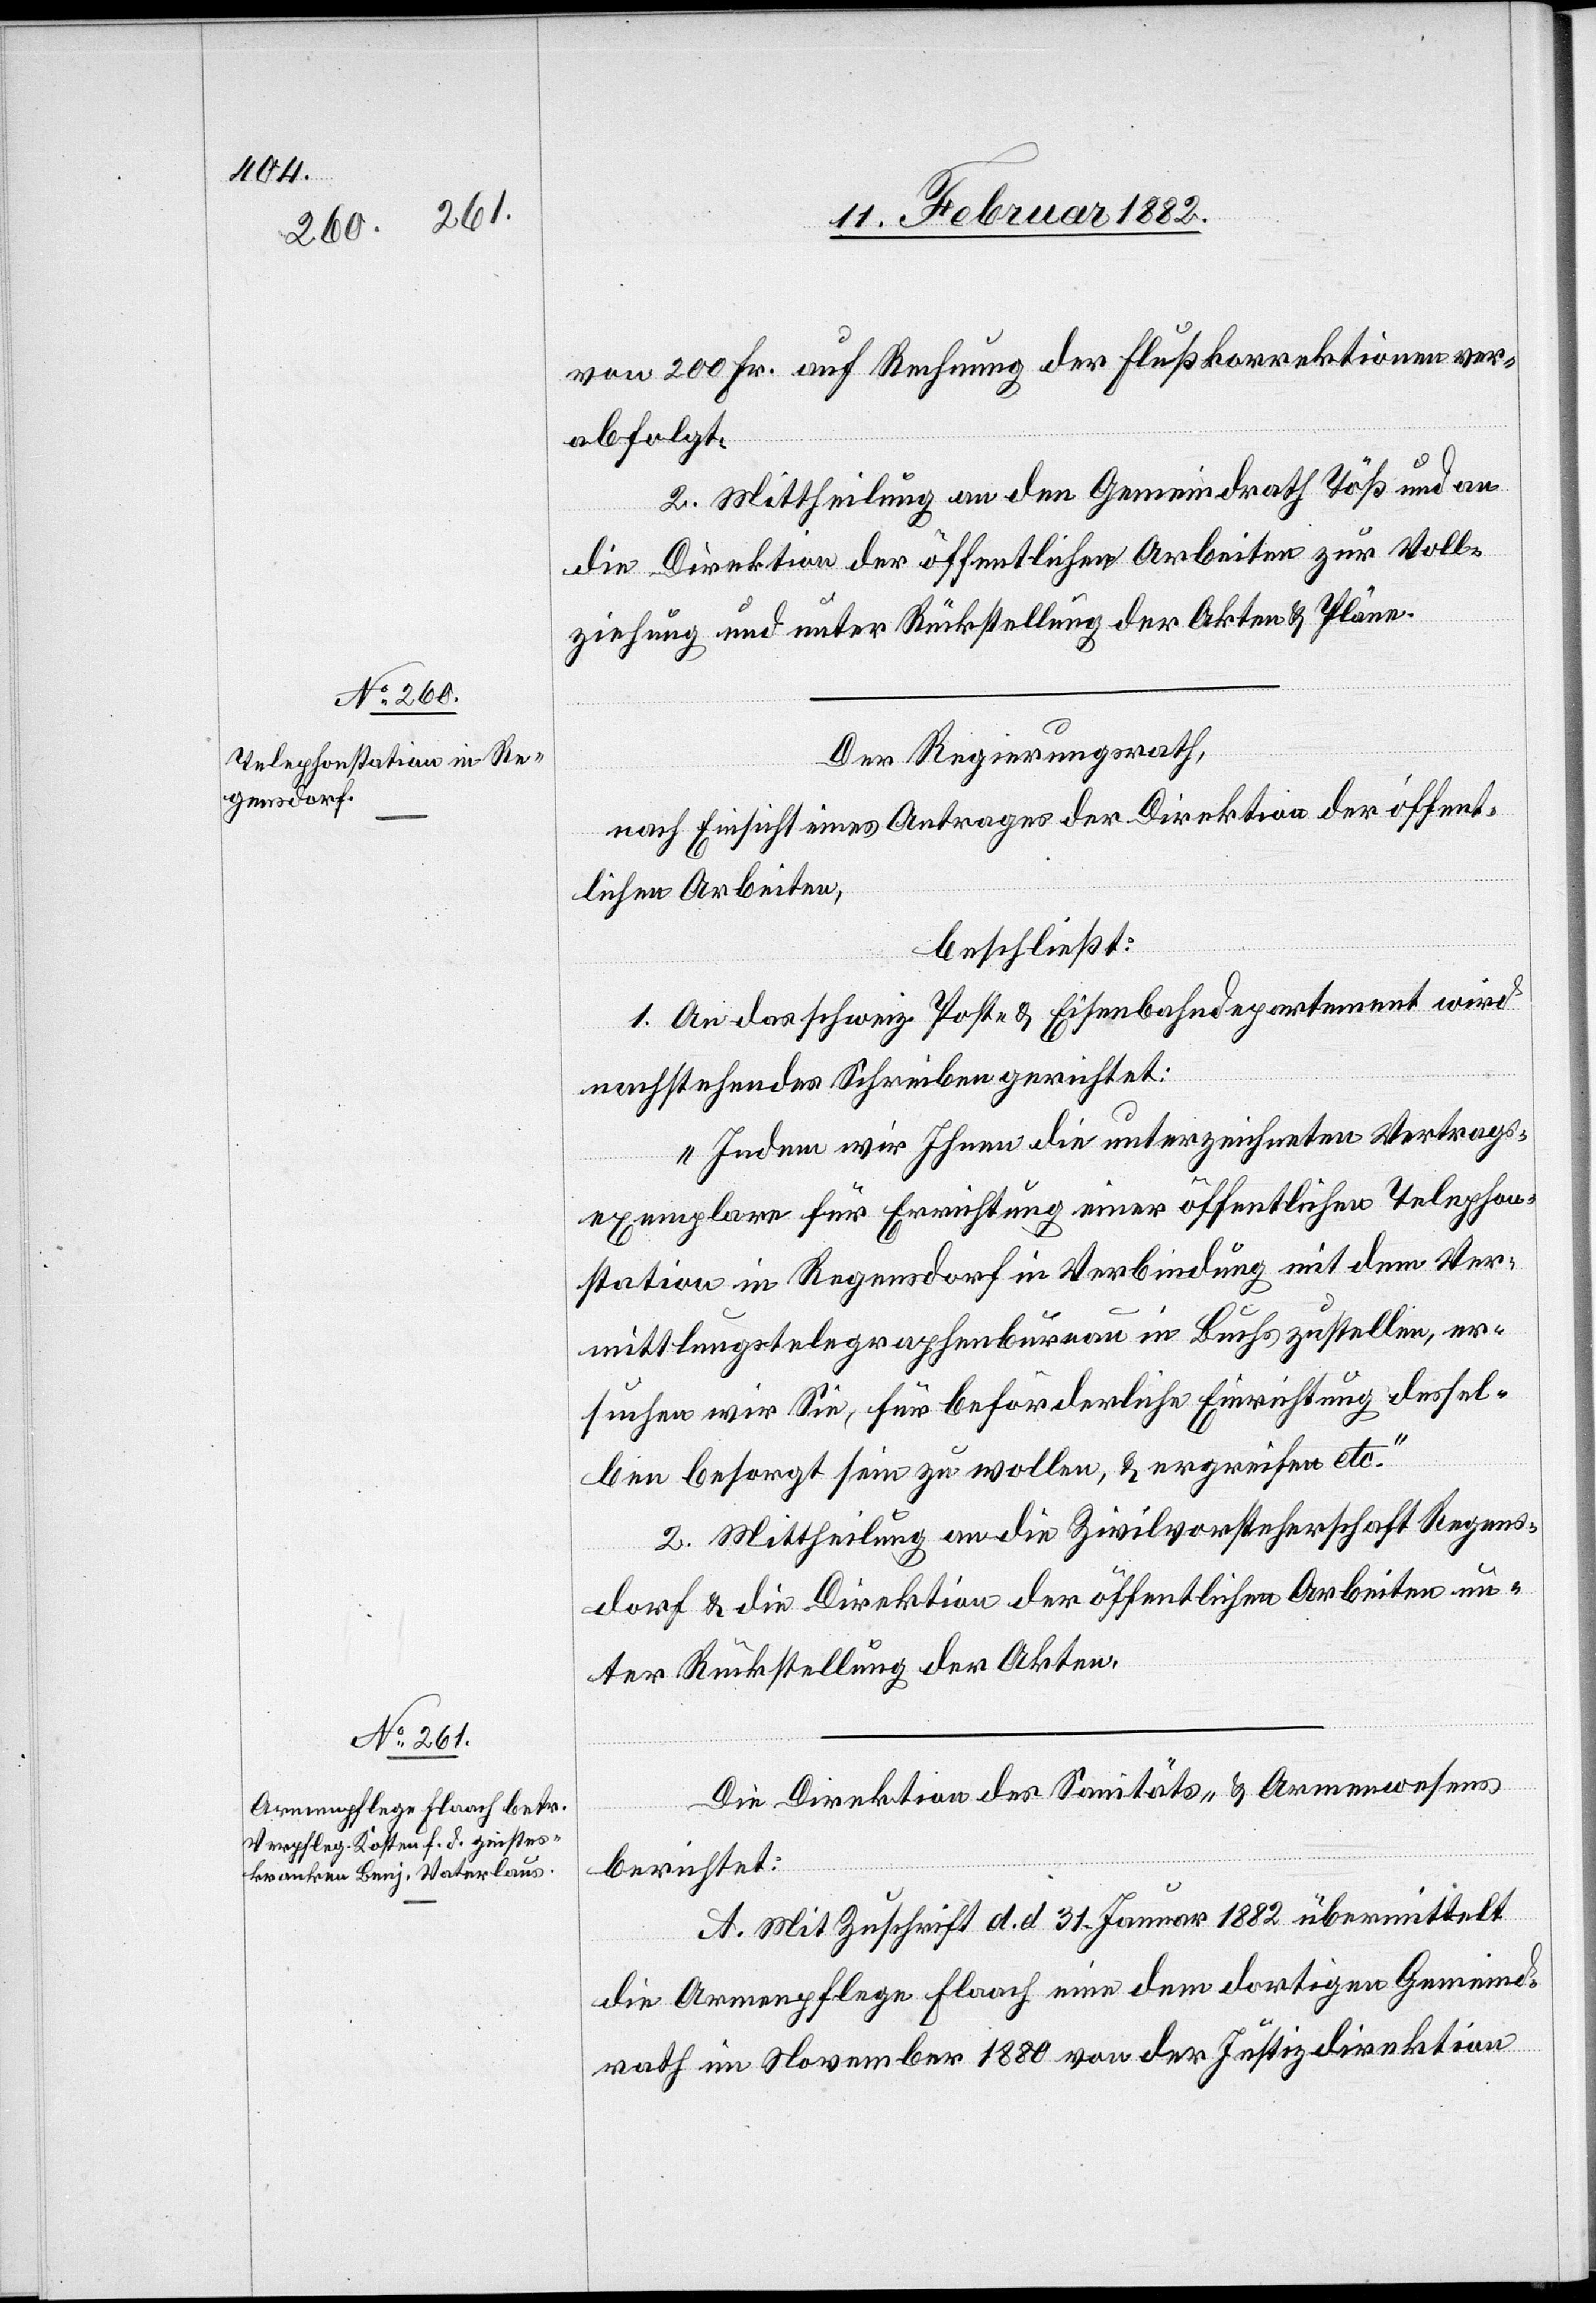
von 200 Fr. auf Rechnung der Flußkorrektionen ver¬
abfolgt.
2. Mittheilung an den Gemeindrath Töß und an
die Direktion der öffentlichen Arbeiten zur Voll¬
ziehung und unter Rückstellung der Akten & Pläne.
Der Regierungsrath,
nach Einsicht eines Antrages der Direktion der öffent¬
lichen Arbeiten,
beschließt:
1. An das schweiz. Post- & Eisenbahndepartement wird
nachstehendes Schreiben gerichtet:
„Indem wir Ihnen die unterzeichneten Vertrags¬
exemplare für Errichtung einer öffentlichen Telephon¬
station in Regensdorf in Verbindung mit dem Ver¬
mittlungstelegraphenbureau in Buchs zustellen, er¬
suchen wir Sie, für beförderliche Einrichtung dessel¬
ben besorgt sein zu wollen, & ergreifen etc.“
2. Mittheilung an die Zivilvorsteherschaft Regens¬
dorf & an die Direktion der öffentlichen Arbeiten un¬
ter Rückstellung der Akten.
Die Direktion des Sanitäts- & Armenwesens
berichtet:
A. Mit Zuschrift d. d. 31. Januar 1882 übermittelt
die Armenpflege Flaach eine dem dortigen Gemeind¬
rath im November 1880 von der Justizdirektion